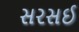
સરસઈ